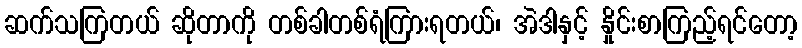
ဆက်သကြတယ် ဆိုတာကို တစ်ခါတစ်ရံကြားရတယ်၊ အဲဒါနှင့် နှိုင်းစာကြည့်ရင်တော့